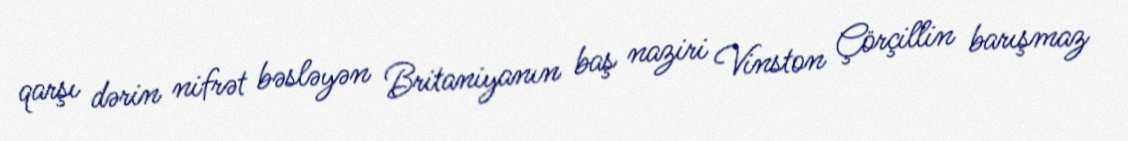
qarşı dərin nifrət bəsləyən Britaniyanın baş naziri Vinston Çörçillin barışmaz